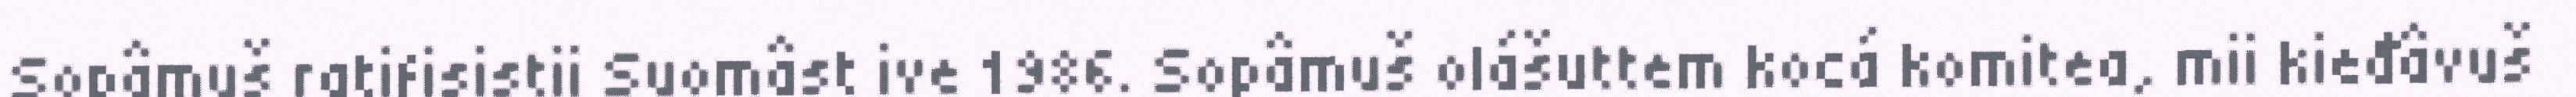
Sopâmuš ratifisistii Suomâst ive 1986. Sopâmuš olášuttem kocá komitea, mii kieđâvuš